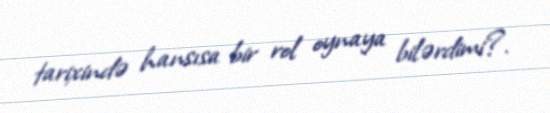
tarixində hansısa bir rol oynaya bilərdimi?.